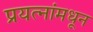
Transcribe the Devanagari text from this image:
प्रयत्‍नांमधून